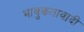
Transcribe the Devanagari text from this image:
भावुकतावादी